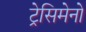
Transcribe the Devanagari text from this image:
ट्रेसिमेनो